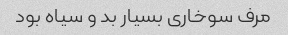
مرف سوخاری بسیار بد و سیاه بود